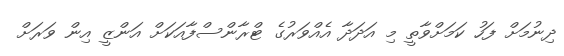
ދިނުމަށް ފަހު ކަމަށްވާތީ މި އަދަދާ އެއްވަރުގެ ޓްރާންސްފާއަކަށް އަންޒީ އިން ވަރަށް